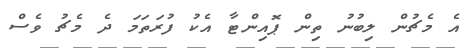
އެ މެޗުން ލިބުނު ތިން ޕޮއިންޓާ އެކު ފުރަތަމަ ދެ މެޗު ވެސް